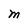
Character: M